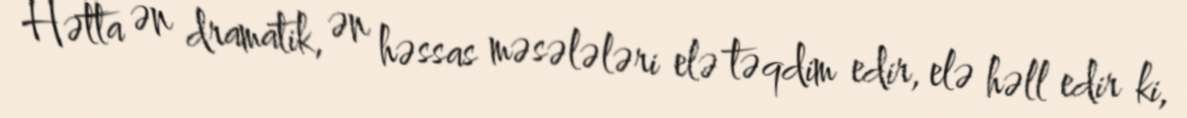
Hətta ən dramatik, ən həssas məsələləri elə təqdim edir, elə həll edir ki,